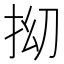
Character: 𫼡